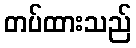
တပ်ထားသည်